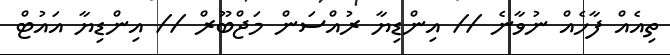
ތިއެއް ފާހެއް ނުވާނެ // އިންޑިޔާ ރުއްސަން މަޖްބޫރް // އިންޑިޔާ އައުޓް